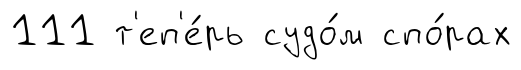
111 т'еп'е́рь судо́м спо́рах